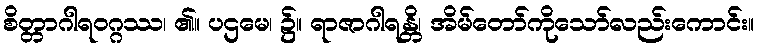
စိတ္တာဂါရဝဂ္ဂဿ၊ ၏။ ပဌမေ၊ ၌။ ရာဇာဂါရန္တိ၊ အိမ်တော်ကိုသော်လည်းကောင်း။